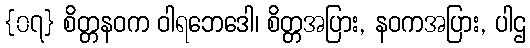
{၀၇} စိတ္တနဝက ဝါရဘေဒေါ၊ စိတ္တအပြား, နဝကအပြား, ပါဌ